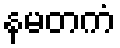
နမတကံ